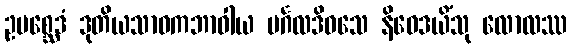
ဥပစ္ဆေဒံ ဒုတိယသာဝကဘာဝါယ မင်္ဂလဒိဝသေ နိဝေဒယိံသု လောလဿ